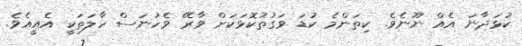
ކުޅަދާނަ އެއް ނޫނެވެ. ކިތަންމެ ކުޑަ ވަގުތުކޮޅަކަށް ވާރޭ ވެހުނަސް ހާލަތަކީ އެއީއެވެ.